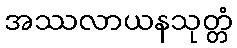
အဿလာယနသုတ္တံ